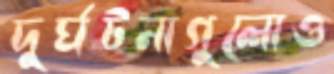
দুর্ঘটনাগুলোও